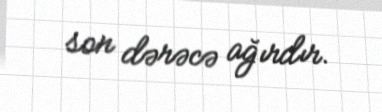
son dərəcə ağırdır.